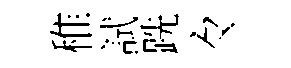
稚試跣々